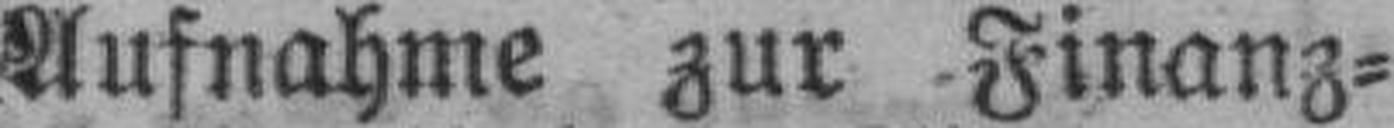
Aufnahme zur Finanz¬